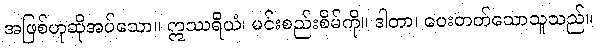
အဖြစ်ဟုဆိုအပ်သော။ ဣဿရိယံ၊ မင်းစည်းစိမ်ကို။ ဒါတာ၊ ပေးတတ်သောသူသည်။